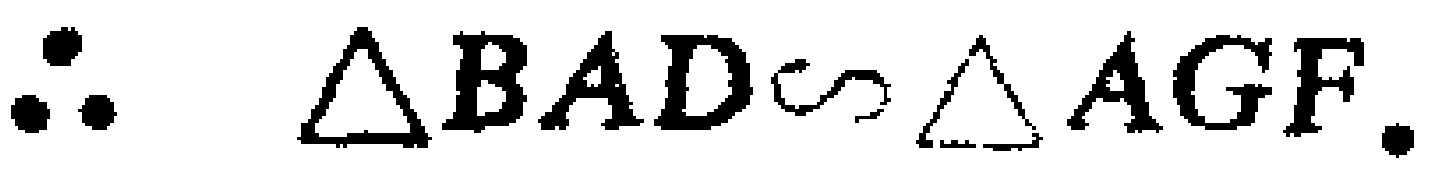
\(\therefore \triangle BAD\sim\triangle AGF.\)